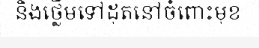
និងថ្លើមទៅដុតនៅចំពោះមុខ